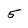
Character: 5